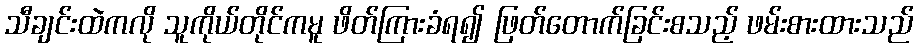
သီချင်းထဲကလို သူကိုယ်တိုင်ကမူ ဖိတ်ကြားခံရ၍ ဖြတ်တောက်ခြင်းစသည့် ဖမ်းစားထားသည်